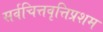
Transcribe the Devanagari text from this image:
सर्वचित्तवृत्तिप्रशम